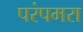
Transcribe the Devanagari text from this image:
परंपमरा